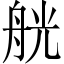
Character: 𦨻